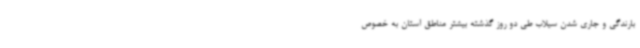
بارندگی و جاری شدن سیلاب طی دو روز گذشته بیشتر مناطق استان به خصوص